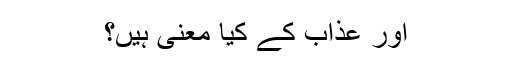
اور عذاب کے کیا معنی ہیں؟